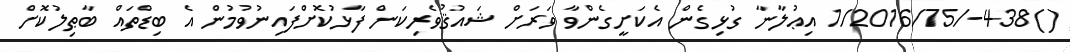
()438-/1/2016/75 އިޢުލާނާ ގުޅިގެން އެކަށީގެންވާ ވަރަށް ޝައުޤުވެރިކަން ފާޅުކޮށްފައިނުވުމުން އެ ބިޑްތައް ބާޠިލުކޮށް